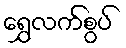
ရွှေလက်စွပ်